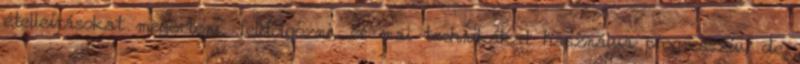
ételleírásokat megérteni, feldolgozni, és mai technikákat használva progresszív, de